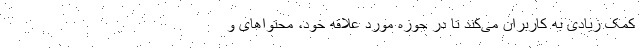
کمک زیادی به کاربران می‌کند تا در حوزه مورد علاقه خود، محتواهای و